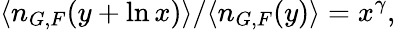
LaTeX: \langle n_{G,F}(y+\ln x)\rangle/\langle n_{G,F}(y)\rangle=x^{\gamma},